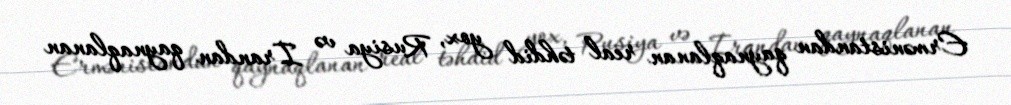
Ermənistandan qaynaqlanan real təhdid yox, Rusiya və İrandan qaynaqlanan